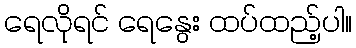
ရေလိုရင် ရေနွေး ထပ်ထည့်ပါ။